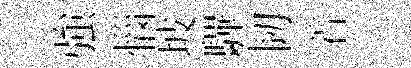
強惱坡驆韧着